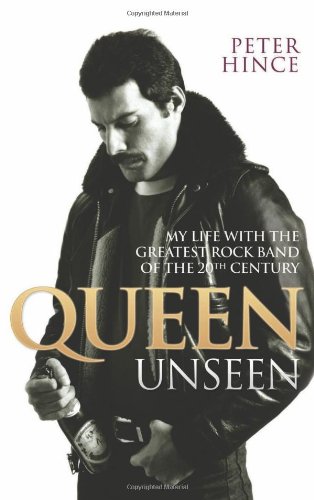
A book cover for Queen Unseen: My Life with the Greatest Rock Band of the 20th Century; Peter Hince; Gay & Lesbian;